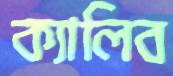
ক্যালিব